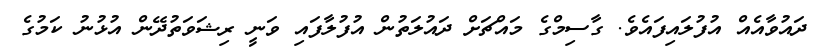
ދައުވާއެއް އުފުލައިފައެވެ. ގާސިމްގެ މައްޗަށް ދައުލަތުން އުފުލާފައި ވަނީ ރިޝަވަތުދޭން އުޅުނު ކަމުގެ